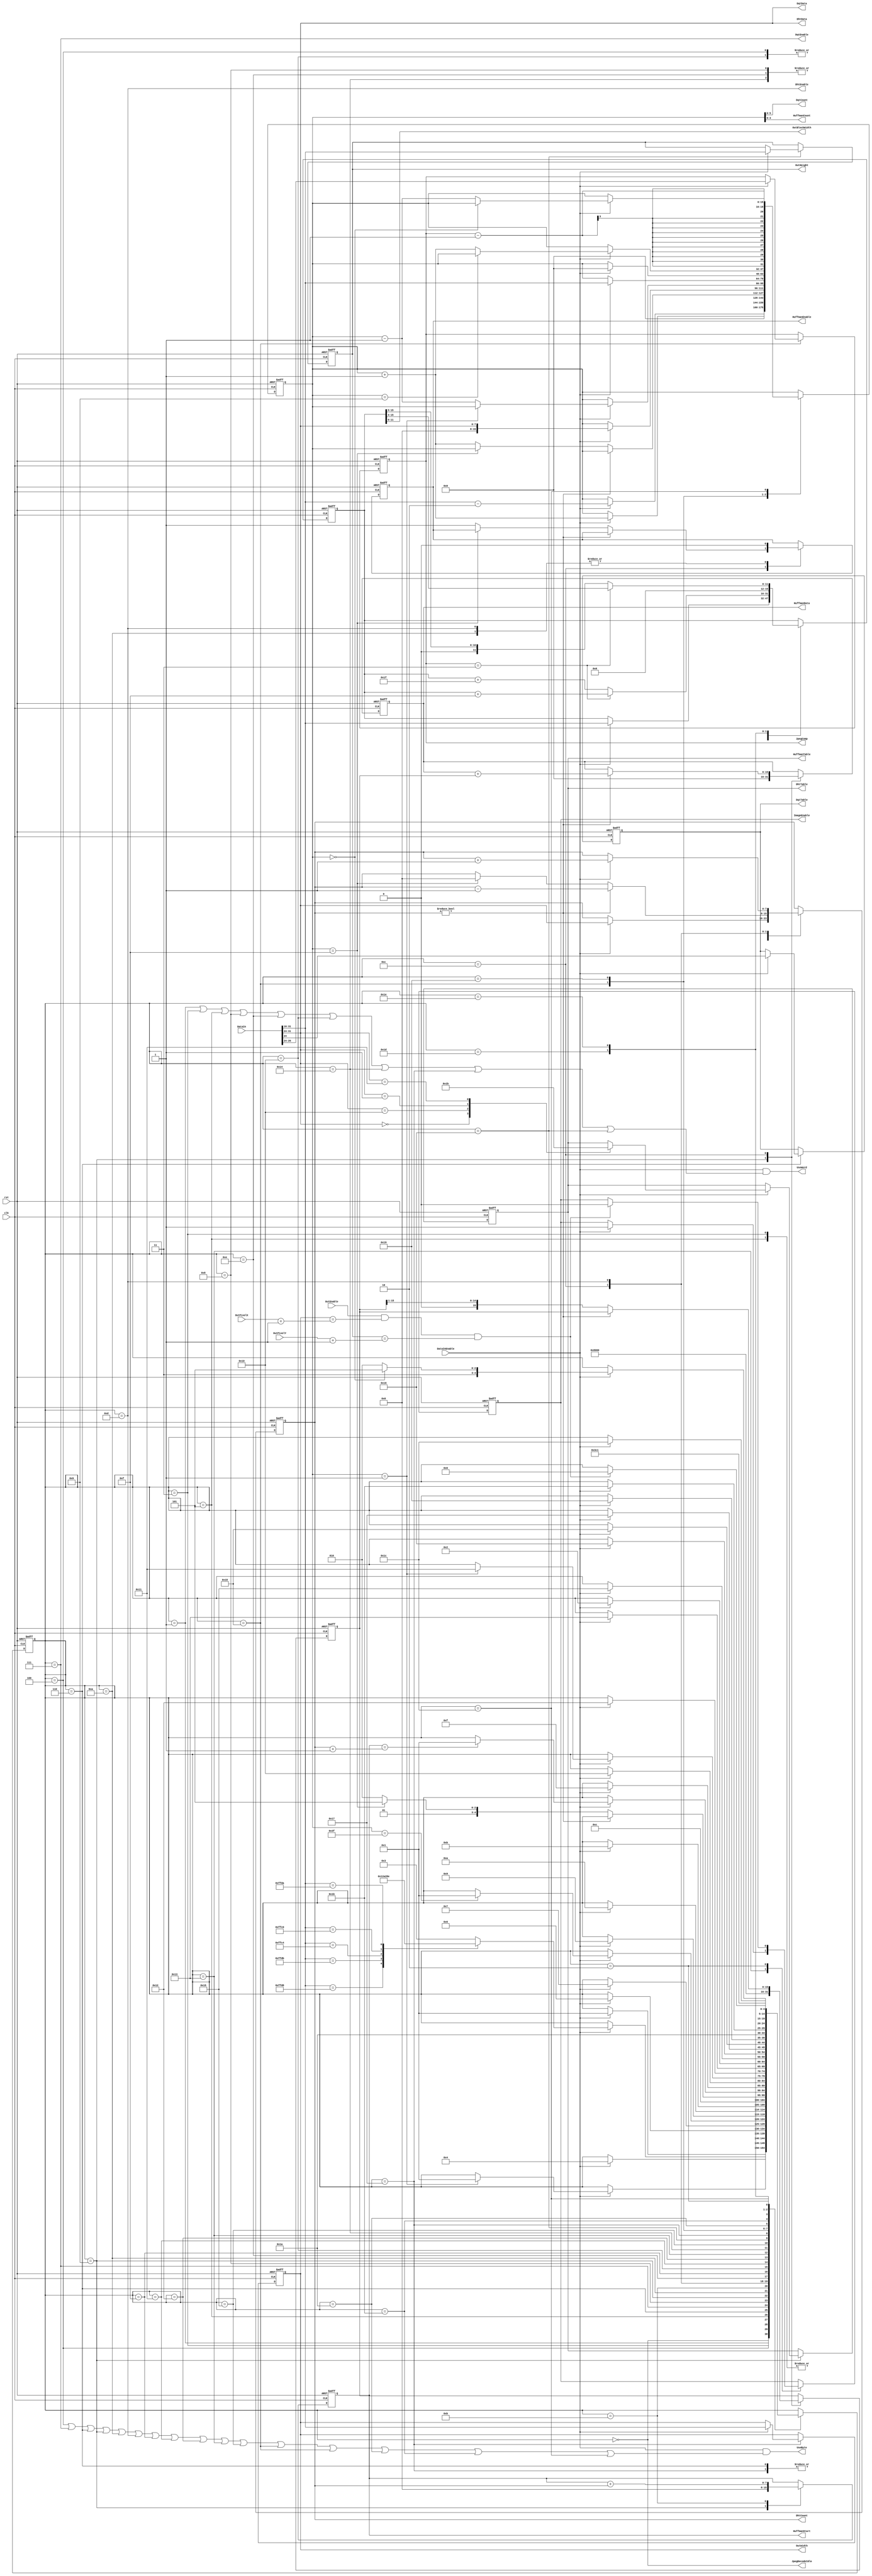
module aq_djpeg_fsm(
	input			rst,
	input			clk,

	// From FIFO
	input			DataInEnable,
	input [31:0]	DataIn,

	output			JpegDecodeIdle,	// Deocder Process Idle(1:Idle, 0:Run)

	//
	output [15:0]	OutWidth,
	output [15:0]	OutHeight,
	output [11:0]	OutBlockWidth,
	input			OutEnable,
	input [15:0]	OutPixelX,
	input [15:0]	OutPixelY,

	//
	output			DqtEnable,
	output			DqtTable,
	output [5:0]	DqtCount,
	output [7:0]	DqtData,

	//
	output			DhtEnable,
	output [1:0]	DhtTable,
	output [7:0]	DhtCount,
	output [7:0]	DhtData,

	//
	output			HuffmanEnable,
	output [1:0]	HuffmanTable,
	output [3:0]	HuffmanCount,
	output [15:0]	HuffmanData,
	output [7:0]	HuffmanStart,

	//
	output			ImageEnable,
	output [2:0]	JpegComp,

	//
	output			UseByte,
	output			UseWord
);

	//--------------------------------------------------------------------------
	// Read Maker from Jpeg Data
	//--------------------------------------------------------------------------
	// State Machine localparam
	localparam S_Idle					= 5'd0;
	localparam S_GetMarker			= 5'd1;
	localparam S_ImageData			= 5'd2;
	// APP Segment
	localparam S_APPLength			= 5'd3;
	localparam S_APPRead				= 5'd4;
	// DQT Segment
	localparam S_DQTLength			= 5'd5;
	localparam S_DQTTable			= 5'd6;
	localparam S_DQTRead				= 5'd7;
	// DHT Segmen
	localparam S_DHTLength			= 5'd8;
	localparam S_DHTTable			= 5'd9;
	localparam S_DHTMakeHm0			= 5'd10;
	localparam S_DHTMakeHm1			= 5'd11;
	localparam S_DHTMakeHm2			= 5'd12;
	localparam S_DHTReadTable		= 5'd13;
	// SOS Segment
	localparam S_SOSLength			= 5'd14;
	localparam S_SOSRead0			= 5'd15;
	localparam S_SOSRead1			= 5'd16;
	localparam S_SOSRead2			= 5'd17;
	localparam S_SOSRead3			= 5'd18;
	localparam S_SOSRead4			= 5'd19;
	// SOF Segment
	localparam S_SOFLength			= 5'd20;
	localparam S_SOFRead0			= 5'd21;
	localparam S_SOFReadY			= 5'd22;
	localparam S_SOFReadX			= 5'd23;
	localparam S_SOFReadComp			= 5'd24;
	localparam S_SOFReadCompColor	= 5'd25;
	localparam S_SOFReadCompColor0	= 5'd26;
	localparam S_SOFReadCompColor1	= 5'd27;
	localparam S_SOFReadCompColor2	= 5'd28;
	localparam S_SOFMakeBlock0		= 5'd29;
	localparam S_SOFMakeBlock1		= 5'd30;

	reg [4:0]		State;
	//wire			ImageEnable;
	reg [15:0]		ReadCount;

	reg [15:0]		JpegWidth;
	reg [15:0]		JpegHeight;

	reg				ReadDqtTable;
	reg [1:0]		ReadDhtTable;

	reg [15:0]		HmShift;
	reg [15:0]		HmData;
	reg [7:0]		HmMax;
	reg [7:0]		HmCount;
	reg				HmEnable;

	reg [2:0]		JpegComp;
	reg [15:0]		JpegBlockWidth;
	reg [15:0]		JpegBlockHeight;

	reg				ImageEnable;

	always @(posedge clk or negedge rst) begin
		if(!rst) begin
			State				<= S_Idle;
			ReadCount			<= 16'd0;
			JpegWidth			<= 16'd0;
			JpegHeight			<= 16'd0;
			ReadDqtTable		<= 1'b0;
			ReadDhtTable		<= 2'd0;
			HmShift			<= 16'd0;
			HmData				<= 16'd0;
			HmMax				<= 8'd0;
			HmCount			<= 8'd0;
			HmEnable			<= 1'b0;
			JpegBlockWidth	<= 16'd0;
			JpegBlockHeight	<= 16'd0;
			JpegComp			<= 3'd0;
			ImageEnable		<= 1'b0;
		end else begin
			case(State)
				S_Idle: begin
					if(DataInEnable == 1'b1) begin
						State	<= S_GetMarker;
					end
				end

				// Get Marker(with Header)
				S_GetMarker: begin
					if(DataInEnable == 1'b1) begin
						case(DataIn[31:16])
							16'hFFD8: begin		// SOI Segment
								State <= S_GetMarker;
							end
							16'hFFE0: begin		// APP0 Segment
								State <= S_APPLength;
							end
							16'hFFDB: begin		// DQT Segment
								State <= S_DQTLength;
							end
							16'hFFC4: begin		// DHT Segment
								State <= S_DHTLength;
							end
							16'hFFC0: begin		// SOF0 Segment
								State <= S_SOFLength;
							end
							16'hFFDA: begin		// SOS Segment
								State <= S_SOSLength;
							end
							//16'hFFDD: begin		// DRI Segment
							//		State <= S_DRI;
							//end
							//16'hFFDx: begin		// RSTn Segment
							//		State <= S_RST;
							//end
							//16'hFFD9: begin		// EOI Segment
							//		State <= S_EOI;
							//end
							default: begin
								State <= S_APPLength;
							end
						endcase
					end
				end

				// APP Segment
				S_APPLength: begin
					if(DataInEnable == 1'b1) begin
						ReadCount	<= DataIn[31:16] -16'd2;
						State		<= S_APPRead;
					end
				end
				S_APPRead: begin
					if(DataInEnable == 1'b1) begin
						if(ReadCount == 16'd1) begin
							State		<= S_GetMarker;
						end else begin
							ReadCount	<= ReadCount -16'd1;
						end
					end
				end

				// DQT Segment
				S_DQTLength: begin
					if(DataInEnable == 1'b1) begin
						State		<= S_DQTTable;
						ReadCount	<= DataIn[31:16] -16'd2;
					end
				end
				S_DQTTable: begin
					if(DataInEnable == 1'b1) begin
						State			<= S_DQTRead;
						ReadDqtTable	<= DataIn[24];
						ReadCount		<= 16'd0;
					end
				end
				S_DQTRead: begin
					if(DataInEnable == 1'b1) begin
						if(ReadCount ==63) begin
							State		<= S_GetMarker;
						end
						ReadCount		<= ReadCount +16'd1;
					end
				end

				// DHT Segment
				S_DHTLength: begin
					if(DataInEnable == 1'b1) begin
						State			<= S_DHTTable;
						ReadCount		<= DataIn[31:16];
					end
				end
				S_DHTTable: begin
					if(DataInEnable == 1'b1) begin
						State <= S_DHTMakeHm0;
						case(DataIn[31:24])
							8'h00: ReadDhtTable <= 2'b00;
							8'h10: ReadDhtTable <= 2'b01;
							8'h01: ReadDhtTable <= 2'b10;
							8'h11: ReadDhtTable <= 2'b11;
						endcase
					end
					HmShift		<= 16'h8000;
					HmData			<= 16'h0000;
					HmMax			<= 8'h00;
					ReadCount		<= 16'd0;
				end
				S_DHTMakeHm0: begin
					if(DataInEnable == 1'b1) begin
						State		<= S_DHTMakeHm1;
						HmCount	<= DataIn[31:24];
					end
					HmEnable		<= 1'b0;
				end
				S_DHTMakeHm1: begin
					State	<= S_DHTMakeHm2;
					HmMax	<= HmMax + HmCount;
				end
				S_DHTMakeHm2: begin
					if(HmCount != 0) begin
						HmData	<= HmData + HmShift;
						HmCount <= HmCount -8'd1;
					end else begin
						if(ReadCount == 15) begin
							State		<= S_DHTReadTable;
							HmCount	<= 8'h00;
						end else begin
							HmEnable	<= 1'b1;
							State		<= S_DHTMakeHm0;
							ReadCount	<= ReadCount +16'd1;
						end
						HmShift <= HmShift >> 1;
					end
				end
				S_DHTReadTable: begin
					HmEnable	<= 1'b0;
					if(DataInEnable == 1'b1) begin
						if(HmMax == HmCount +1) begin
							State	<= S_GetMarker;
						end
						HmCount	<= HmCount +8'd1;
					end
				end

				// SOS Segment
				S_SOSLength: begin
					if(DataInEnable == 1'b1) begin
						State		<= S_SOSRead0;
						ReadCount	<= DataIn[31:16];
					end
				end
				S_SOSRead0: begin
					if(DataInEnable == 1'b1) begin
						State		<= S_SOSRead1;
						ReadCount	<= {8'h00,DataIn[31:24]};
					end
				end
				S_SOSRead1: begin
					if(DataInEnable == 1'b1) begin
						if(ReadCount == 1) begin
							State		<= S_SOSRead2;
						end else begin
							ReadCount	<= ReadCount -16'd1;
						end
					end
				end
				S_SOSRead2: begin
					if(DataInEnable == 1'b1) begin
						State	<= S_SOSRead3;
					end
				end
				S_SOSRead3: begin
					if(DataInEnable == 1'b1) begin
						State	<= S_SOSRead4;
					end
				end
				S_SOSRead4: begin
					if(DataInEnable == 1'b1) begin
						State			<= S_ImageData;
						ImageEnable	<= 1'b1;
					end
				end

				// SOF0 Segment
				S_SOFLength: begin
					if(DataInEnable == 1'b1) begin
						State		<= S_SOFRead0;
						ReadCount	<= DataIn[31:16];
					end
				end
				S_SOFRead0: begin
					if(DataInEnable == 1'b1) begin
						State	<= S_SOFReadY;
					end
				end
				S_SOFReadY: begin
					if(DataInEnable == 1'b1) begin
						State				<= S_SOFReadX;
						JpegHeight			<= DataIn[31:16];
						JpegBlockHeight	<= DataIn[31:16];
					end
				end
				S_SOFReadX: begin
					if(DataInEnable == 1'b1) begin
						State				<= S_SOFReadComp;
						JpegWidth			<= DataIn[31:16];
						JpegBlockWidth	<= DataIn[31:16];
						ReadCount			<= 16'd0;
					end
				end
				S_SOFReadComp: begin
					// コンポーネント数
					// 1:グレースケール
					// 3:YCbCr or YIQ
					// 4:CMYK
					if(DataInEnable == 1'b1) begin
						State			<= S_SOFReadCompColor;
						JpegComp		<= DataIn[26:24];
						if(ReadCount == 9) begin
						end else begin
							ReadCount	<= ReadCount +16'd1;
						end
					end
				end
				S_SOFReadCompColor: begin
					State			<= S_SOFReadCompColor0;
					ReadCount		<= {13'd0, JpegComp[2:0]} - 16'd1;
				end
				S_SOFReadCompColor0: begin
					if(DataInEnable == 1'b1) begin
						State			<= S_SOFReadCompColor1;
					end
				end
				S_SOFReadCompColor1: begin
					if(DataInEnable == 1'b1) begin
						State			<= S_SOFReadCompColor2;
					end
				end
				S_SOFReadCompColor2: begin
					if(DataInEnable == 1'b1) begin
						if(ReadCount == 0) begin
							State			<= S_SOFMakeBlock0;
						end else begin
							ReadCount		<= ReadCount -16'd1;
							State			<= S_SOFReadCompColor0;
						end
					end
				end
				S_SOFMakeBlock0:begin
					State				<= S_SOFMakeBlock1;
					if(JpegComp == 3) begin
						// コンポーネント数が3の場合、16x16が1ブロック
						JpegBlockWidth	<= JpegBlockWidth	+16'd15;
						JpegBlockHeight	<= JpegBlockHeight +16'd15;
					end else begin
						// コンポーネント数が1の場合、32x8が1ブロック
						JpegBlockWidth	<= JpegBlockWidth	+16'd31;
						JpegBlockHeight	<= JpegBlockHeight +16'd7;
					end
				end
				S_SOFMakeBlock1:begin
					State				<= S_GetMarker;
					if(JpegComp == 3) begin
						// コンポーネント数が3の場合、16x16が1ブロック
						JpegBlockWidth	<= JpegBlockWidth	>> 4;
						JpegBlockHeight	<= JpegBlockHeight >> 4;
					end else begin
						// コンポーネント数が1の場合、32x8が1ブロック
						JpegBlockWidth	<= JpegBlockWidth	>> 5;
						JpegBlockHeight	<= JpegBlockHeight >> 3;
					end
				end

				// Image Process
				S_ImageData: begin
					if(OutEnable & (JpegWidth == (OutPixelX +1)) & (JpegHeight == (OutPixelY +1))) begin
						State			<= S_Idle;
						ImageEnable	<= 1'b0;
					end
				end
			endcase
		end
	end

	assign UseByte = (DataInEnable == 1'b1) & ((State == S_APPRead) |
												(State == S_DQTRead) | (State == S_DQTTable) |
												(State == S_DHTTable) | (State == S_DHTMakeHm0) | (State == S_DHTReadTable) |
												(State == S_SOSRead0) | (State == S_SOSRead2) | (State == S_SOSRead3) | (State == S_SOSRead4) |
												(State == S_SOFRead0) | (State == S_SOFReadComp) | 
												(State == S_SOFReadComp) | (State == S_SOFReadCompColor0) | (State == S_SOFReadCompColor1) | (State == S_SOFReadCompColor2)
												);
	assign UseWord = (DataInEnable == 1'b1) & ((State == S_GetMarker) |
												(State == S_APPLength) |
												(State == S_DQTLength) |
												(State == S_DHTLength) |
												(State == S_SOSLength) | (State == S_SOSRead1) |
												(State == S_SOFLength) | (State == S_SOFReadX) | (State == S_SOFReadY)
												);

	assign JpegDecodeIdle	= (State == S_Idle);
	//assign ImageEnable		= (State == S_ImageData);

	assign OutWidth		= JpegWidth;
	assign OutHeight		= JpegHeight;
	assign OutBlockWidth	= JpegBlockWidth[11:0];

	assign DqtEnable		= (State == S_DQTRead);
	assign DqtTable		= ReadDqtTable;
	assign DqtCount		= ReadCount[5:0];
	assign DqtData		= DataIn[31:24];

	assign DhtEnable		= (State == S_DHTReadTable);
	assign DhtTable		= ReadDhtTable;
	assign DhtCount		= HmCount;
	assign DhtData		= DataIn[31:24];

	assign HuffmanEnable	= HmEnable;
	assign HuffmanTable	= ReadDhtTable;
	assign HuffmanCount	= ReadCount[3:0];
	assign HuffmanData	= HmData;
	assign HuffmanStart	= HmMax;

endmodule